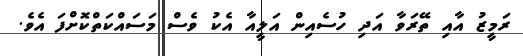
ރަމީޒު އާއި ތޭރަވާ އަދި ހުސެއިން އަލީއާ އެކު ވެސް މަސައްކަތްކޮށްފަ އެވެ.